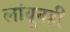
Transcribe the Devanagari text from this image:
लांबूनही